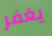
يغفر